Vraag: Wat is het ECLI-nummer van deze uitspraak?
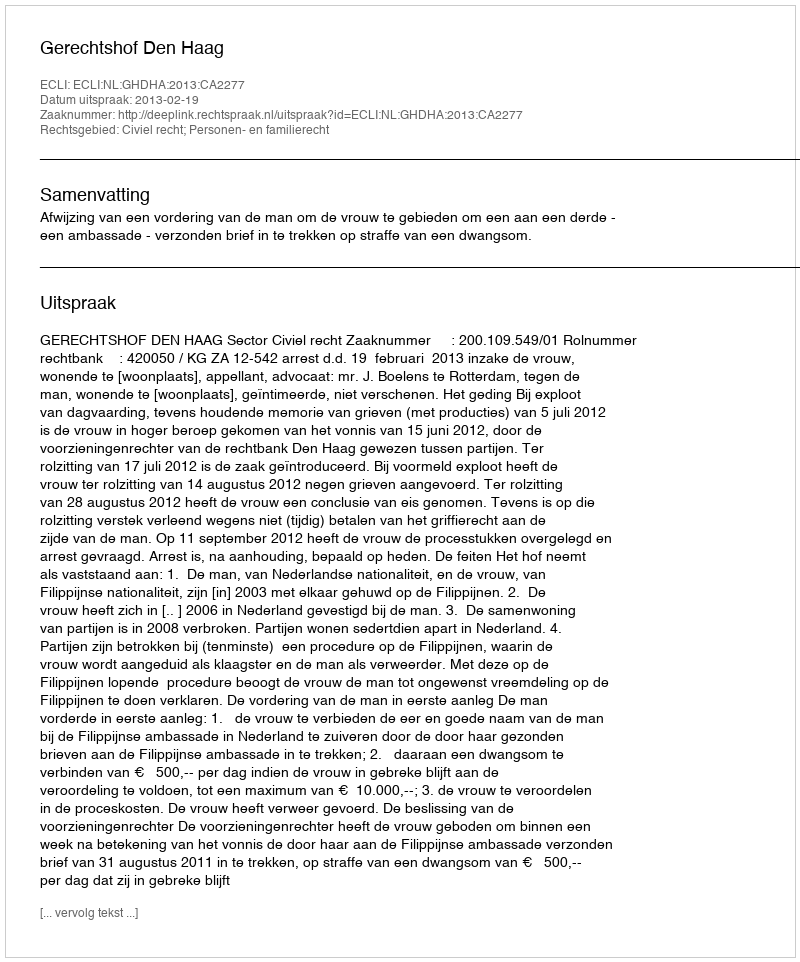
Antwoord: ECLI:NL:GHDHA:2013:CA2277